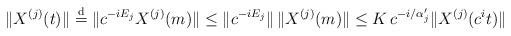
LaTeX: \begin{align*}\|X^{(j)}(t)\| \stackrel{\rm d}{=} \|c^{-iE_j}X^{(j)}(m)\|\leq \|c^{-iE_j}\|\,\|X^{(j)}(m)\| \leq K\,c^{-i/{\alpha_{j}'}}\|X^{(j)}(c^it)\|\end{align*}